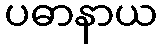
ပဓာနာယ